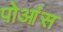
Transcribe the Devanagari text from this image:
पोआंस